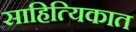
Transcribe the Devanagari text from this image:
साहित्यिकात